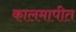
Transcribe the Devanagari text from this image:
कालमापीत